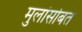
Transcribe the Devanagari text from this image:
मुलांसोबत